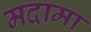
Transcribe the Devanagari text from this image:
मदामा